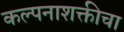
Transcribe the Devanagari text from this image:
कल्पनाशक्तीचा